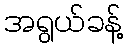
အရွယ်ခန့်